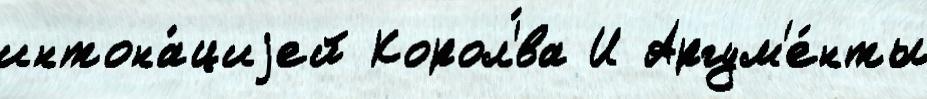
интона́циjей Корол'́ва И Аргум'е́нты